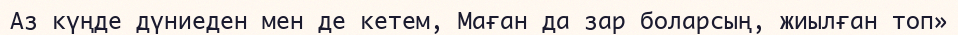
Аз күңде дүниеден мен де кетем, Маған да зар боларсың, жиылған топ»